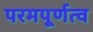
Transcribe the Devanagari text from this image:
परमपूर्णत्व